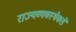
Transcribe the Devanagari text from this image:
राज्यव्यवस्थेकडे